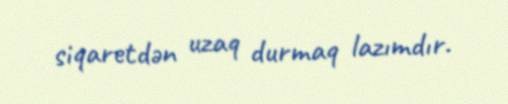
siqaretdən uzaq durmaq lazımdır.